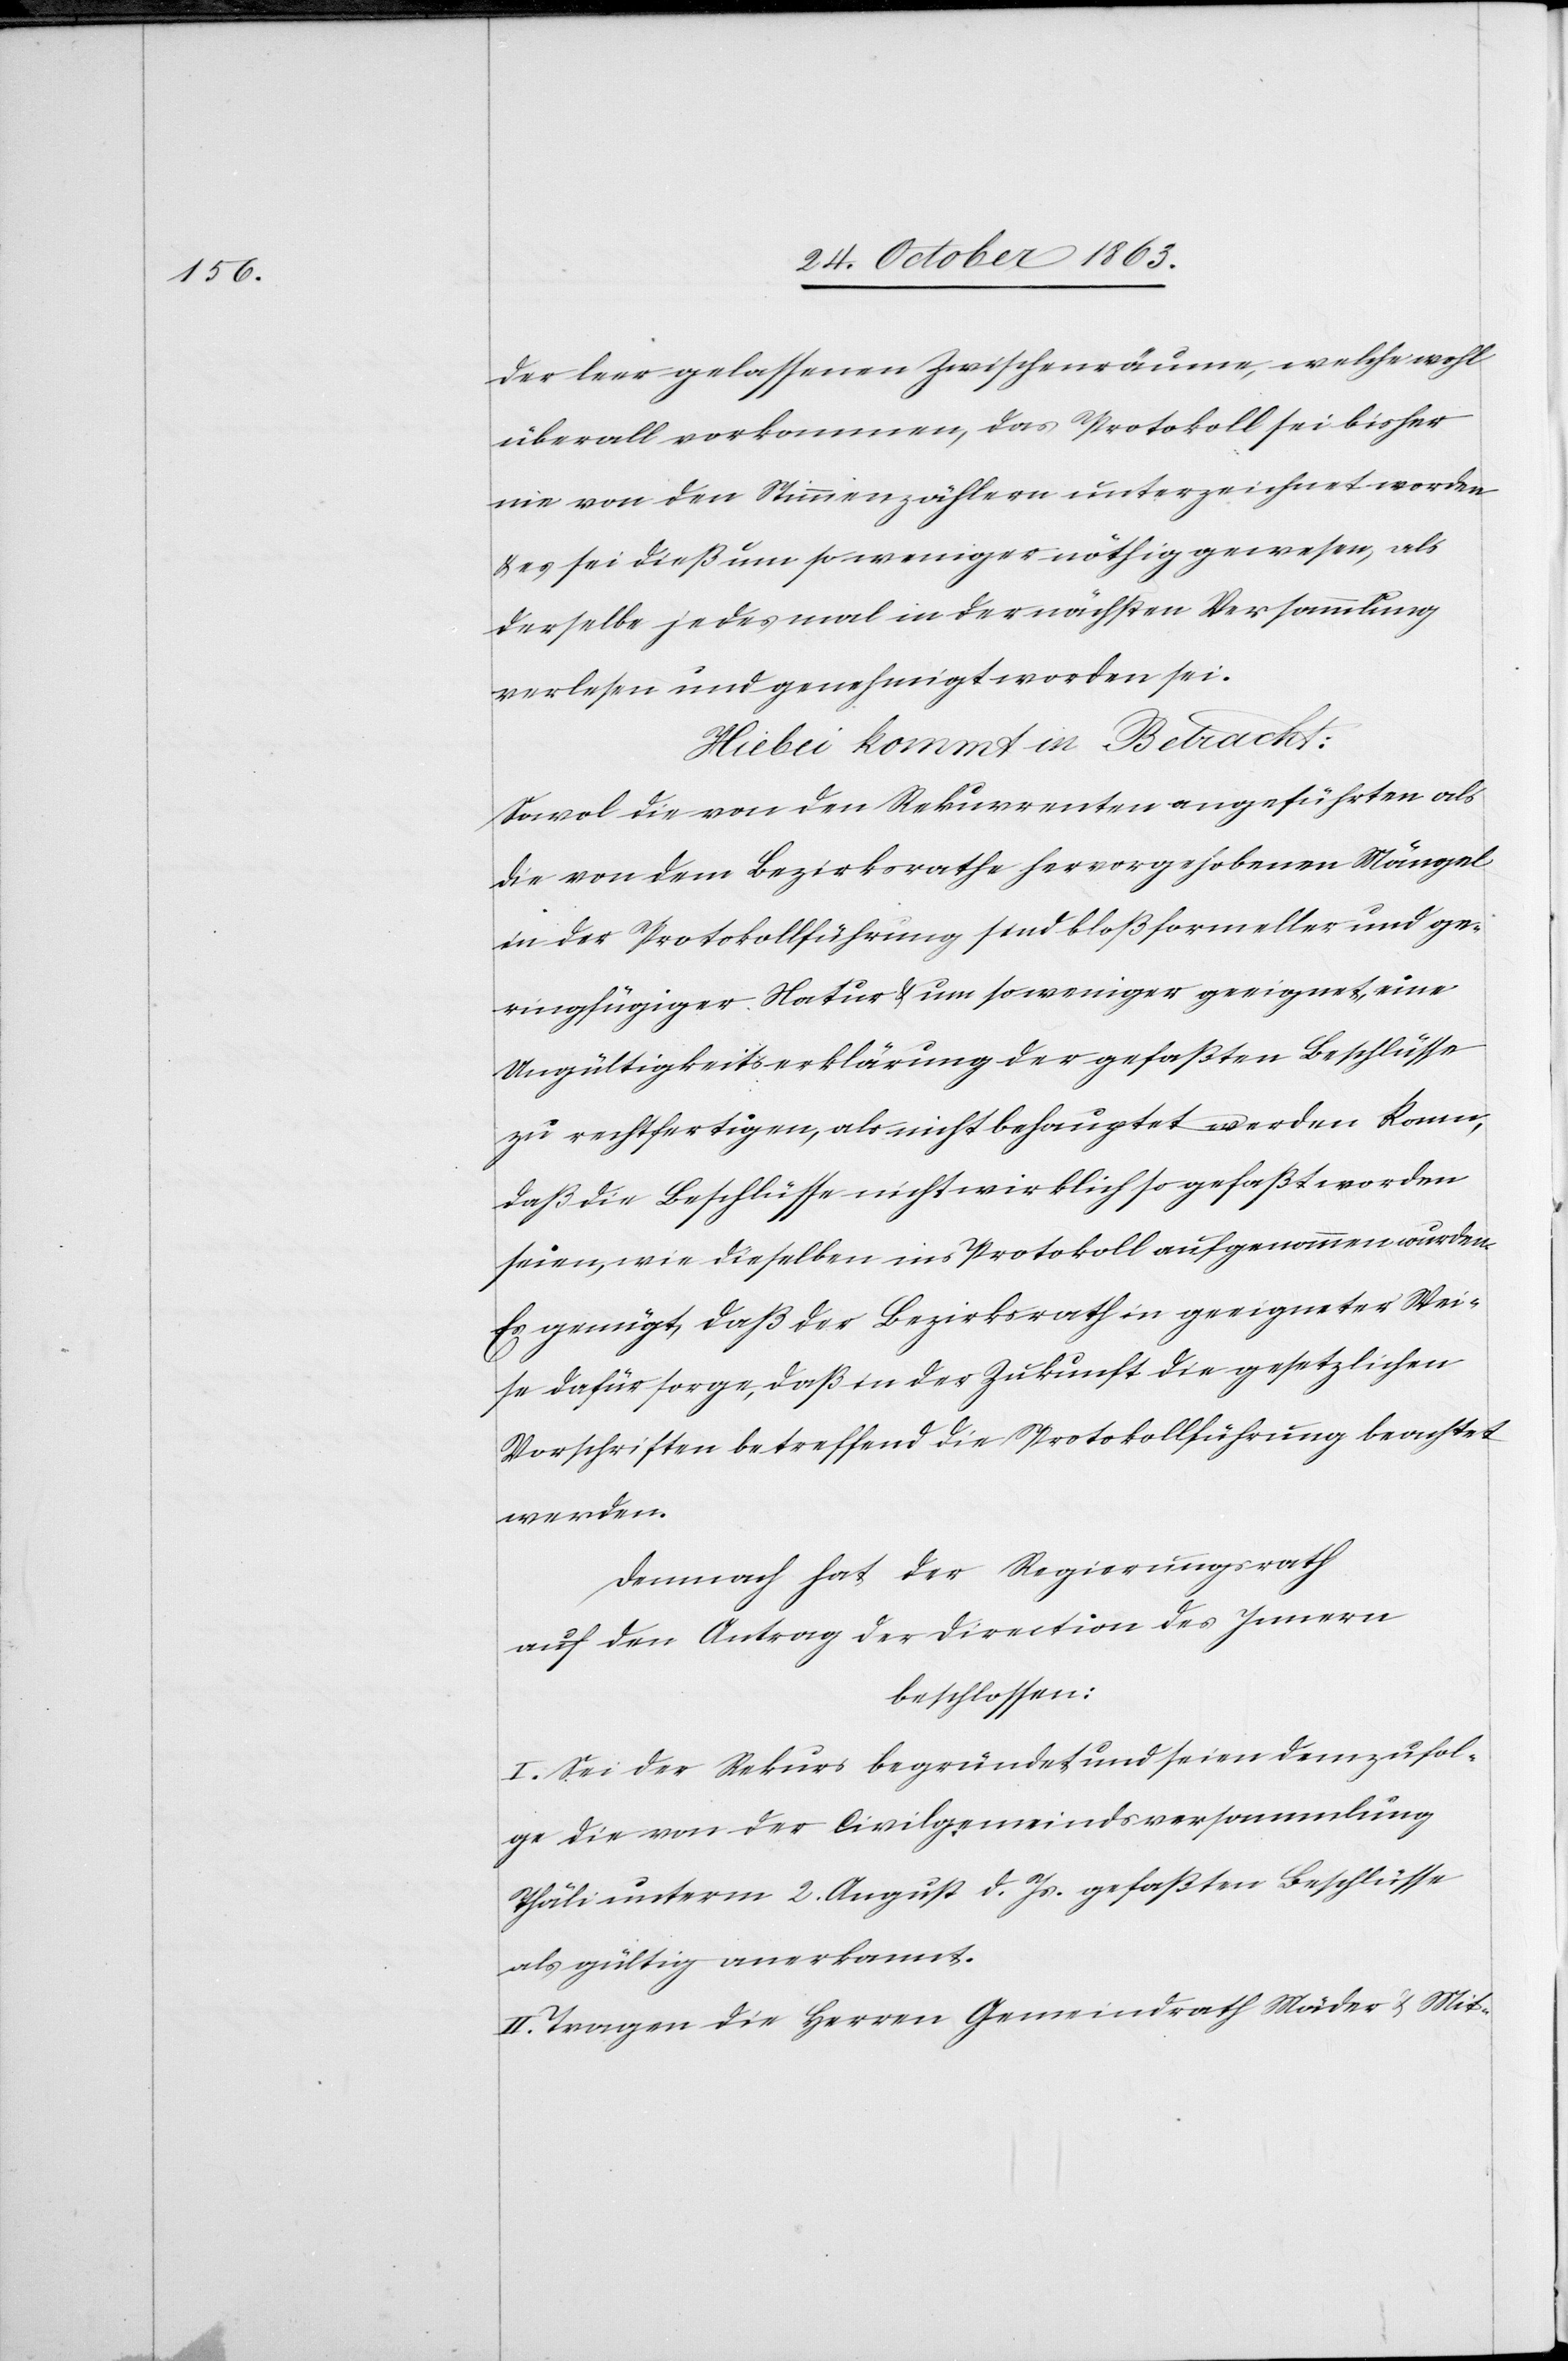
der leer gelassenen Zwischenräume, welche wohl
überall vorkommen, das Protokoll sei bisher
nie von den Stimmenzählern unterzeichnet worden
& es sei dieß um so weniger nöthig gewesen, als
derselbe [sic!] jedes mal in der nächsten Versammlung
verlesen und genehmigt worden sei.
Hiebei kommt in Betracht:
Sowol die von den Rekurrenten angeführten als
die von dem Bezirksrathe hervorgehobenen Mängel
in der Protokollführung sind bloß formeller und ge¬
ringfügiger Natur & um so weniger geeignet, eine
Ungültigkeitserklärung der gefaßten Beschlüsse
zu rechtfertigen, als nicht behauptet werden konne
daß die Beschlüsse nicht wirklich so gefaßt worden
seien, wie dieselben ins Protokoll aufgenommen wurden.
Es genügt, daß der Bezirksrath in geeigneter Wei¬
se dafür sorge, daß in der Zukunft die gesetzlichen
Vorschriften betreffend die Protokollführung beachtet
werden.
Demnach hat der Regierungsrath
auf den Antrag der Direction des Innern
beschlossen:
I. Sei der Rekurs begründet und seien demzufol¬
ge die von der Civilgemeindsversammlung
Thäli unterm 2. August d. Js. gefaßten Beschlüsse
als gültig anerkannt.
II. Tragen die Herren Gemeindrath Mäder & Mit-